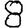
Digit: 8